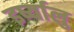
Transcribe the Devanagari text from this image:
इर्ष्यालु